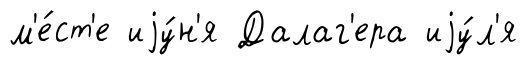
м'е́ст'е иjу́н'я Далаг'ера иjу́л'я